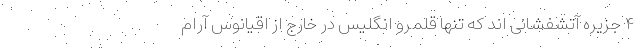
۴ جزیره آتشفشانی اند که تنها قلمرو انگلیس در خارج از اقیانوس آرام